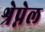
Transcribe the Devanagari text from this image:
श्रेप्नेल